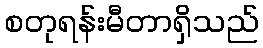
စတုရန်းမီတာရှိသည်